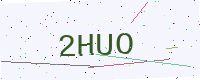
Text: 2HUO